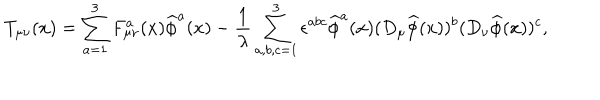
LaTeX: T _ { \mu \nu } ( x ) = \sum _ { a = 1 } ^ { 3 } F _ { \mu \nu } ^ { a } ( x ) \widehat { \phi } ^ { a } ( x ) - \frac { 1 } { \lambda } \sum _ { a , b , c = 1 } ^ { 3 } \epsilon ^ { a b c } \widehat { \phi } ^ { a } ( x ) ( D _ { \mu } \widehat { \phi } ( x ) ) ^ { b } ( D _ { \nu } \widehat { \phi } ( x ) ) ^ { c } ,